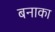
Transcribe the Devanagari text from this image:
बनाका